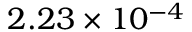
2 . 2 3 \times 1 0 ^ { - 4 }